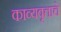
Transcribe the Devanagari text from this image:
काव्यवृत्ताचे